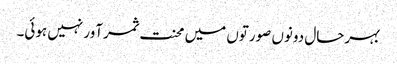
بہرحال دونوں صورتوں میں محنت ثمرآور نہیں ہوئی۔